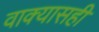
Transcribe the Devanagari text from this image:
वाक्यासही